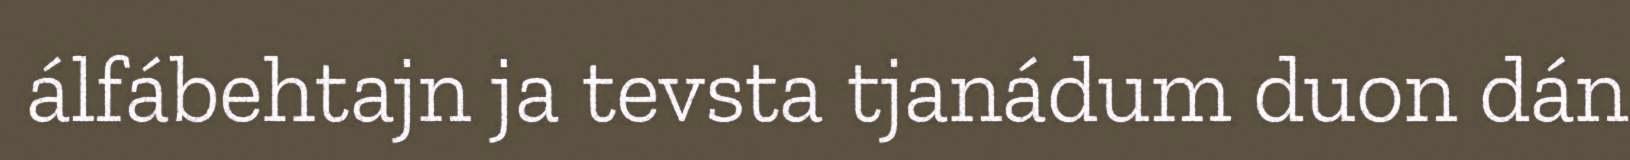
álfábehtajn ja tevsta tjanádum duon dán